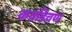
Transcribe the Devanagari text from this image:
कन्नडिवण